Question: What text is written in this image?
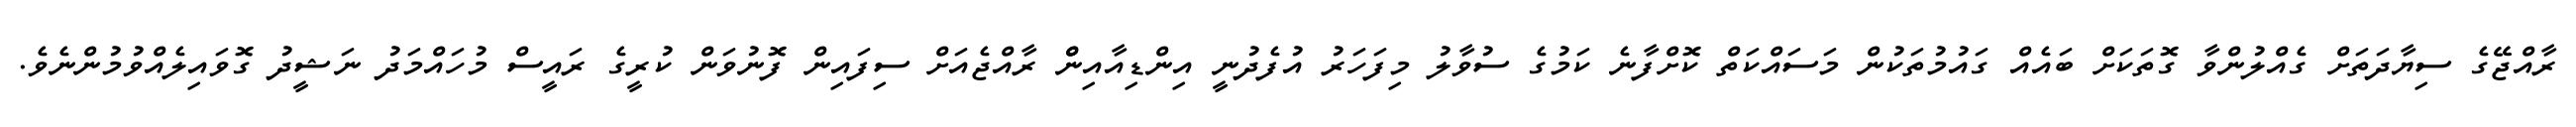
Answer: ރާއްޖޭގެ ސިޔާދަތަށް ގެއްލުންވާ ގޮތަކަށް ބައެއް ގައުމުތަކުން މަސައްކަތް ކޮށްފާނެ ކަމުގެ ސުވާލު މިފަހަރު އުފެދުނީ އިންޑިއާއިންް ރާއްޖެއަށް ސިފައިން ފޮނުވަން ކުރީގެ ރައީސް މުހައްމަދު ނަޝީދު ގޮވައިލެއްވުމުންނެވެ.